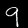
Label: 9